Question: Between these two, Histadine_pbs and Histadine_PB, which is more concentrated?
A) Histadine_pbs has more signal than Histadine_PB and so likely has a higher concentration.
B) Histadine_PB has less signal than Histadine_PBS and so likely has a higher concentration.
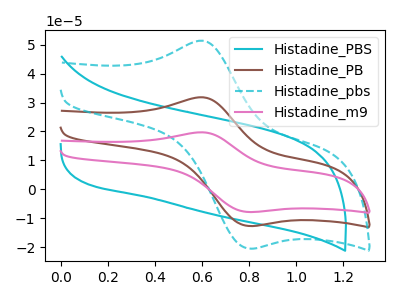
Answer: <think>The cyan curve "Histadine_PBS" has no peaks. The brown curve "Histadine_PB" has an anodic peak at (0.60V, 31.85uA) and a cathodic peak at (0.80V, -12.70uA). The cyan dashed curve "Histadine_pbs" has an anodic peak at (0.60V, 51.40uA) and a cathodic peak at (0.80V, -20.50uA). The pink curve "Histadine_m9" has an anodic peak at (0.60V, 63.70uA) and a cathodic peak at (0.80V, -25.35uA).
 All the peaks in "Histadine_pbs" have a peak in "Histadine_PB" at the same potential. Every peak in "Histadine_pbs" is higher than every peak in "Histadine_PB".</think>
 <answer>A) "Histadine_pbs" has more signal than "Histadine_PB" and so likely has a higher concentration.</answer>
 <eval>A</eval>